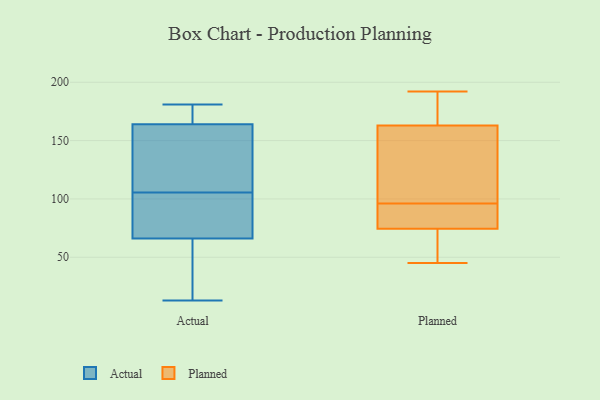
{"axis": {"x": "Budget (USD K)", "y": "Value"}, "legend": ["Actual", "Planned"], "data": [{"x": "", "y": 133, "type": "Actual"}, {"x": "", "y": 139, "type": "Actual"}, {"x": "", "y": 175, "type": "Actual"}, {"x": "", "y": 181, "type": "Actual"}, {"x": "", "y": 164, "type": "Actual"}, {"x": "", "y": 102, "type": "Actual"}, {"x": "", "y": 76, "type": "Actual"}, {"x": "", "y": 13, "type": "Actual"}, {"x": "", "y": 97, "type": "Actual"}, {"x": "", "y": 165, "type": "Actual"}, {"x": "", "y": 30, "type": "Actual"}, {"x": "", "y": 24, "type": "Actual"}, {"x": "", "y": 109, "type": "Actual"}, {"x": "", "y": 66, "type": "Actual"}, {"x": "", "y": 163, "type": "Planned"}, {"x": "", "y": 153, "type": "Planned"}, {"x": "", "y": 76, "type": "Planned"}, {"x": "", "y": 163, "type": "Planned"}, {"x": "", "y": 102, "type": "Planned"}, {"x": "", "y": 92, "type": "Planned"}, {"x": "", "y": 45, "type": "Planned"}, {"x": "", "y": 185, "type": "Planned"}, {"x": "", "y": 85, "type": "Planned"}, {"x": "", "y": 52, "type": "Planned"}, {"x": "", "y": 96, "type": "Planned"}, {"x": "", "y": 192, "type": "Planned"}, {"x": "", "y": 70, "type": "Planned"}]}